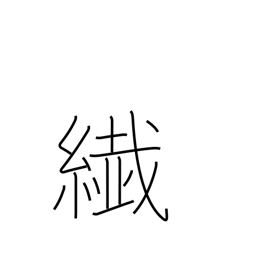
Meaning: thin kimono